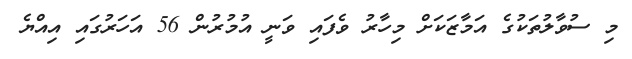
މި ސުވާލުތަކުގެ އަމާޒަކަށް މިހާރު ވެފައި ވަނީ އުމުރުން 56 އަހަރުގައި އިއްޔެ